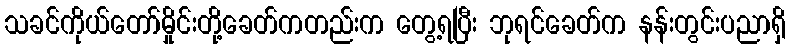
သခင်ကိုယ်တော်မှိုင်းတို့ခေတ်ကတည်းက တွေ့ရပြီး ဘုရင်ခေတ်က နန်းတွင်းပညာရှိ